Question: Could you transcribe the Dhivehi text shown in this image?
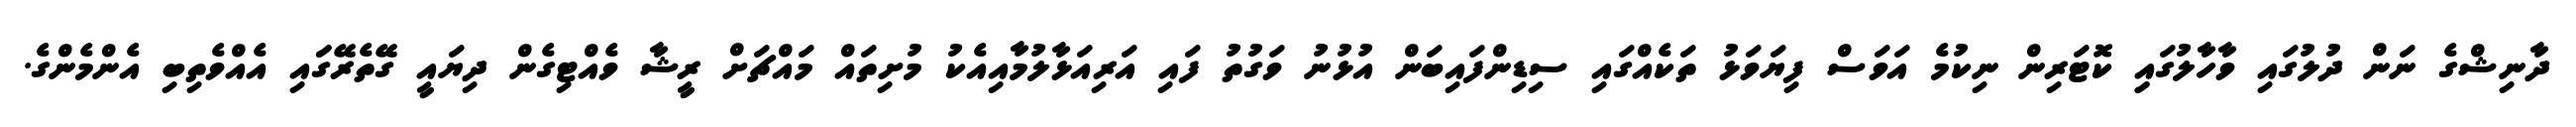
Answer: ދާނިޝްގެ ނަން ދުލުގައި ވާހާލުގައިި ކޮޓަރިން ނިކުމެ އަވަސް ފިޔަވަޅު ތަކެއްގައި ސިޑިންފައިބަން އުޅުނު ވަގުތު ފައި އަރިއަޅާލުމާއިއެކު މުށިތައް މައްޗަށް ރީޝާ ވެއްޓިގެން ދިޔައީ ގޭތެރޭގަައި އެއްވެތިބި އެންމެންގެ.